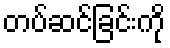
တပ်ဆင်ခြင်းကို